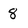
Character: 8